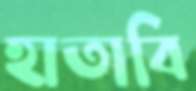
হাতাবি